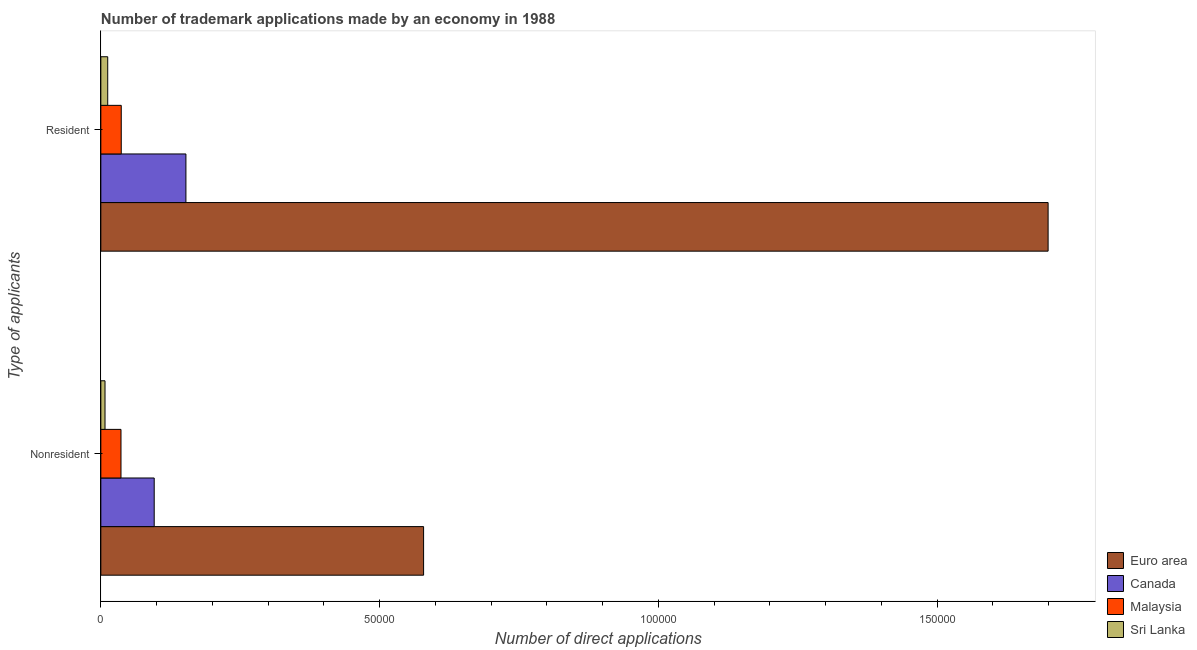
| Type of applicants | Euro area | Canada | Malaysia | Sri Lanka |
 | --- | --- | --- | --- | --- |
 | Nonresident | 5.79e+04 | 9.57e+03 | 3.61e+03 | 750 |
 | Resident | 1.7e+05 | 1.53e+04 | 3.66e+03 | 1.23e+03 |